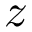
z